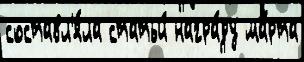
составл'я́ла статьи́ награ́ду ма́рта